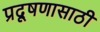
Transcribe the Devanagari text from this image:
प्रदूषणासाठी